Vaccination in the Punjab 1867-1880 - 1867-1880
Year: 1867
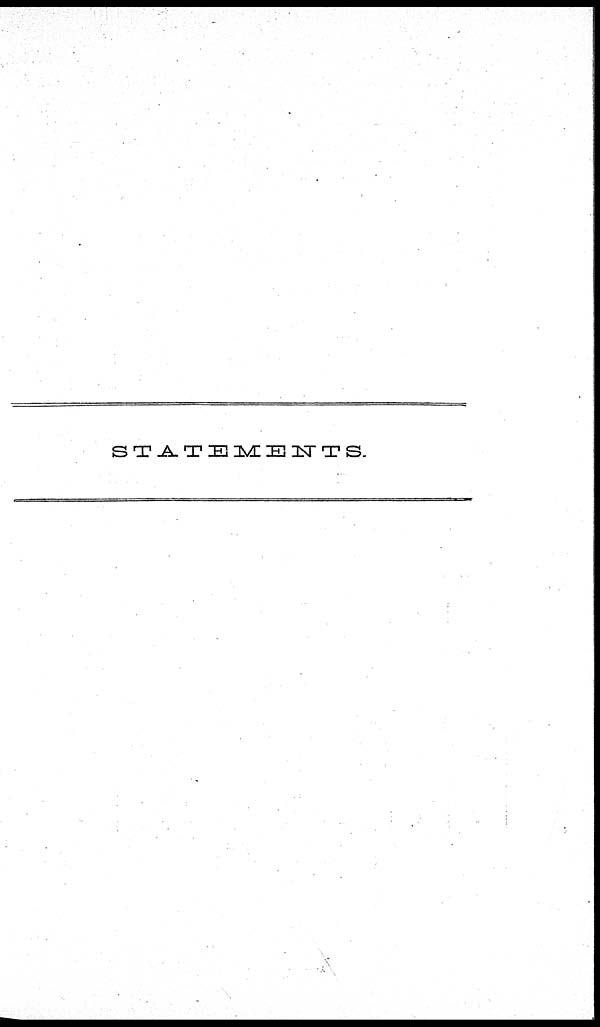
STATEMENTS.